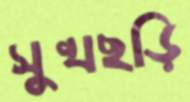
সুখছড়ি